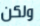
ولكن